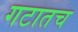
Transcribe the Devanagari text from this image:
गटातच